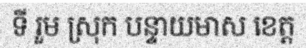
ទី រួម ស្រុក បន្ទាយមាស ខេត្ត